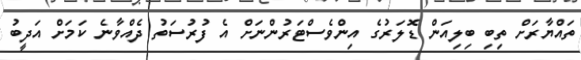
ތައްޔާރަށް ތިބި ބިލިއަން ޑޮލަރުގެ އިންވެސްޓަރުންނަށް އެ ފުރުސަތު ދެއްވާނެ ކަމަށް އަދީބު